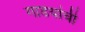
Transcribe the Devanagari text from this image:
गाडयांची